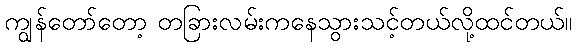
ကျွန်တော်တော့ တခြားလမ်းကနေသွားသင့်တယ်လို့ထင်တယ်။